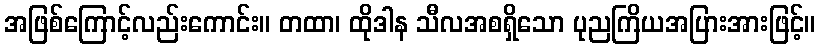
အဖြစ်ကြောင့်လည်းကောင်း။ တထာ၊ ထိုဒါန သီလအစရှိသော ပုညကြိယအပြားအားဖြင့်။